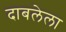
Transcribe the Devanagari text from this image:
दाबलेला